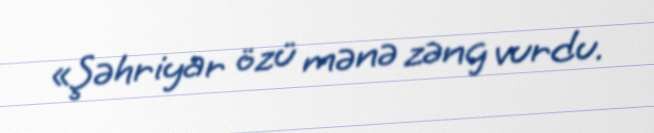
«Şəhriyar özü mənə zəng vurdu.